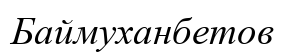
Баймуханбетов